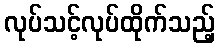
လုပ်သင့်လုပ်ထိုက်သည့်